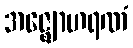
အဇ္ဈောဟရဏံ